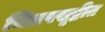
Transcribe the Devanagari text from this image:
चित्रपसृष्टीत